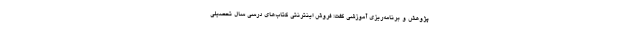
پژوهش و برنامه‌ریزی آموزشی گفت: فروش اینترنتی کتاب‌های درسی سال تحصیلی